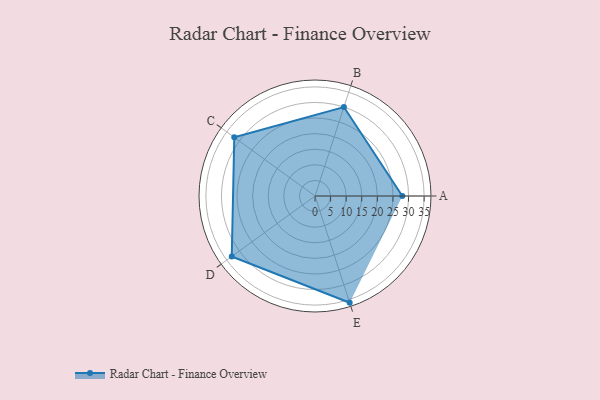
{"axis": {"x": "Skill", "y": "Score"}, "legend": ["Profile"], "data": [{"x": "A", "y": 28.0, "type": "Profile"}, {"x": "B", "y": 30.0, "type": "Profile"}, {"x": "C", "y": 32.0, "type": "Profile"}, {"x": "D", "y": 33.0, "type": "Profile"}, {"x": "E", "y": 36.0, "type": "Profile"}]}